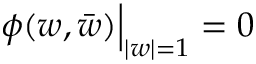
\phi ( w , \bar { w } ) \Bigr | _ { | w | = 1 } = 0